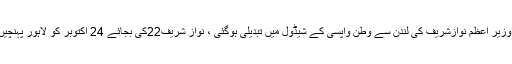
سابق وزیر اعظم نوازشریف کی لندن سے وطن واپسی کے شیڈول میں تبدیلی ہوگئی ، نواز شریف22کی بجائے 24 اکتوبر کو لاہور پہنچیں گے۔